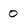
Character: 0